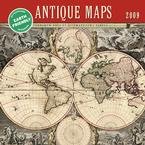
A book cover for Antique Maps 2009 Mini Wall Calendar; Calendars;